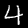
Label: 4